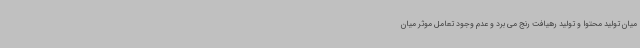
میان تولید محتوا و تولید رهیافت رنج می برد و عدم وجود تعامل موثر میان